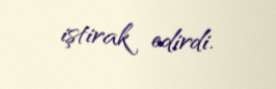
iştirak edirdi.